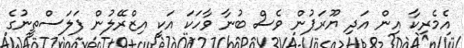
އެމެރިކާ އިން އަދި ޔޫރަޕުން ވެސް ބުނާ ވާހަކަ އަކީ އިޒްރޭލުން ފަލަސްތީނުގެ